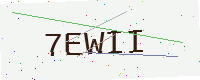
Text: 7EWII